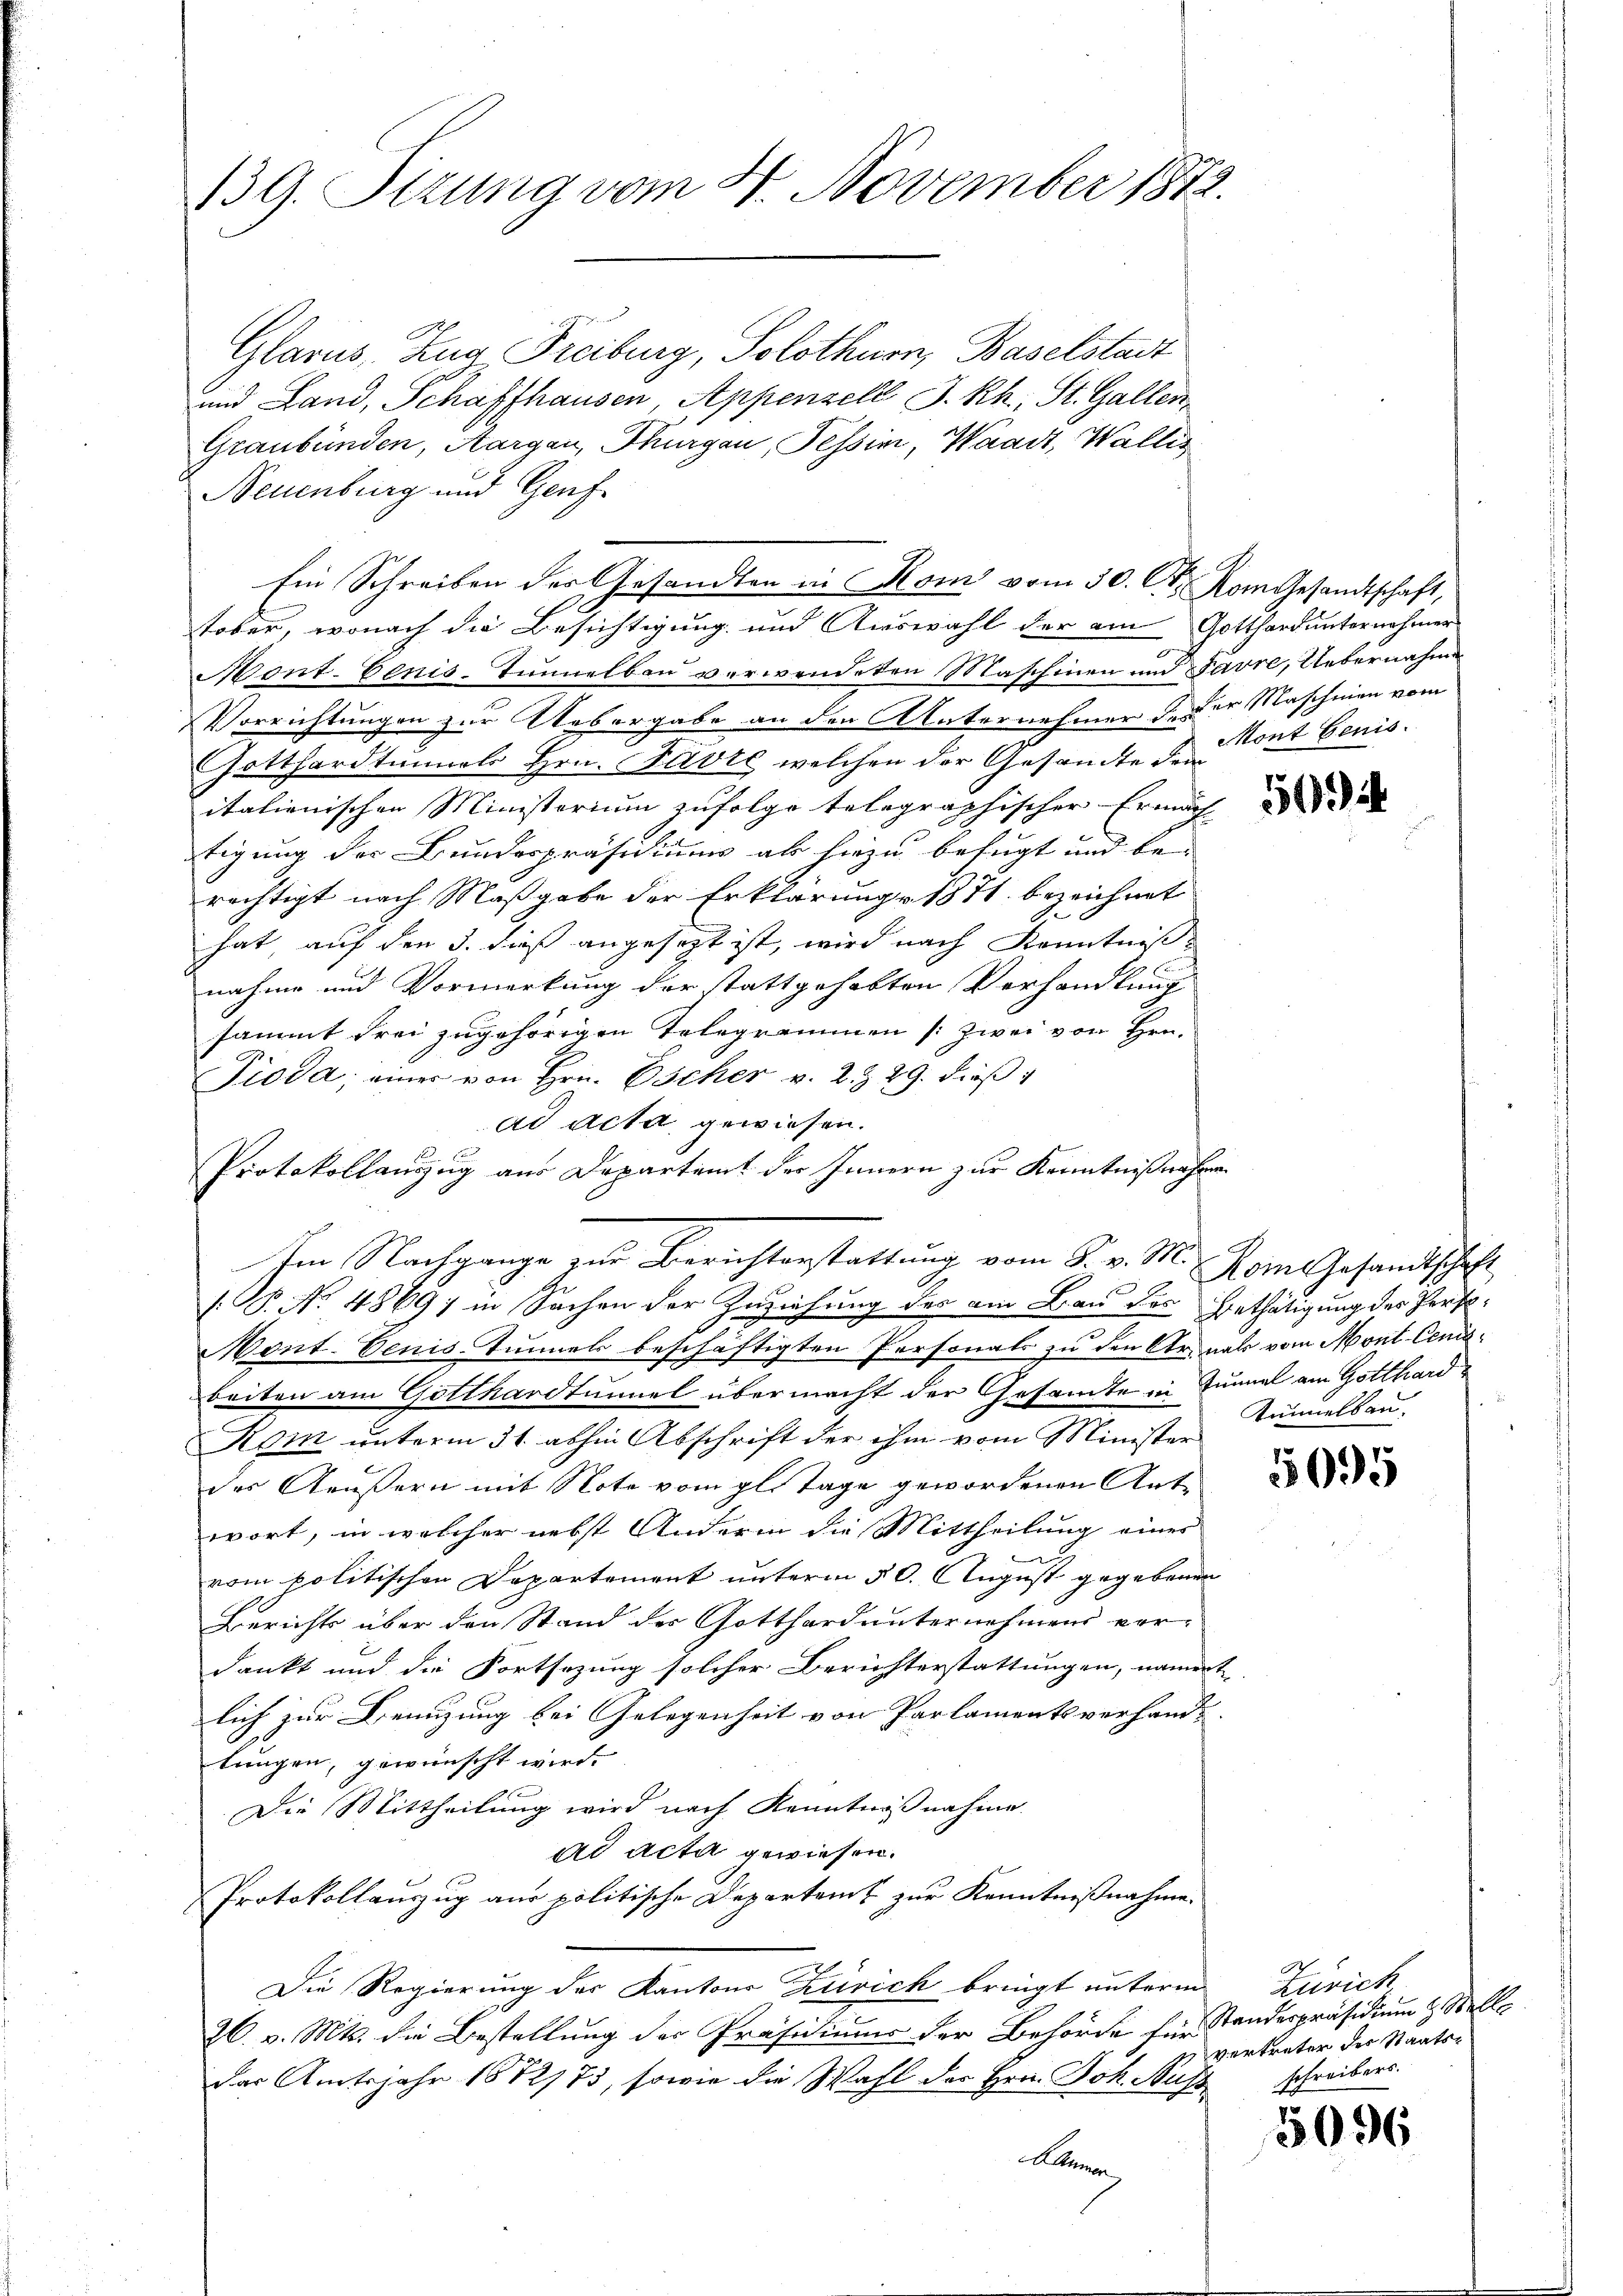
139. Stzung vom 24. November 1872.

Glarus, Zug Freiburg, Solothurn, Baselstadt
und Land, Schaffhausen, Appenzell I.Rh., St. Gallen
Graubünden, Aargau, Thurgau, Tessin, Waadt, Wallis
Neuenburg und Genf
tober, wonach die Besichtigung und Auswahl der am Gotthard unternahmer
Nont. Cenis-Tunnelbau verwendeten Maschinen und Favre, Uebernahme
Vorrichtungen zur Uebergabe an den laternehmer der Maschinen vom
Gotthardtunnels Hrn. Favte welchen der Gesandte dem
italienischen Ministerium zufolge telegraphischer Ermäch
tigung der Bundespräsidium ab hiezu befugt und bei
rächtigt nach Maßgabe der Erklärung 1871 bezeichnet
hat, auf den 3. dieß angesezt ist, wird nach Kenntnis
nahme und Vormerkung der stattgehabten Verhandlung
sammt frei zugehörigen Telegrammen (zwei von Hrn.
Pioda, einer von Hrn. Escher v. 2. Z. 29. dieß
ad acta gewiesen.
Protokollauszug aus Departamt der Innern zur Kenntnißnahmen
 P. Nr. 4869) in Sachen der Zuziehung der am Bau das Enthätigung des Präs
Nont. Denis-Tunnels beschäftigten Personals zu den Arnals vom Mont-Cens
beiten am Gotthardtunnel übermacht der Gesamte in Tunnel am Gotthard¬
Kom unterm 31. abhin Abschrift der ihm vom Minister
des Aeußern mit Note vom gl. Tage gewordenen Ant
wort, in welcher nebst Anderin die Mittheilung einer
vom politischen Departement unterm 50. August gegebenen
Berichts über den Stand der Gotthard unternehmens vor-
dankt und die Fortsazung solcher Berichterstattungen, nament
lich zur Benuzung bei Gelegenheit von Parlamentsverhande
tringen, gewünscht wird.
Die Mittheilung wird nach Kenntnißnahme.
ad acta gewiesen.
Protokollauszug aus politische Departamt zur Kenntnißnahme.
Die Regierung des Kantons Zürich bringt unterm Zürich
26. v. Mts. die Bestellung der Präsidiums der Behörde für
das Amtsjahr 1872/73, sowie die Wahl der Hrn. Joh. Nuß
Almen

Im Nachgange zur Berichterstattung vom 8. v. M. Rom Gesandtschaft

Ein Schreiben der Gesandten in Kom vom 30. Ct. vom Gesandtschaft,

A
Mont Genis

5094

2
Tunnelbau

5095

S
Standespräsidium Stelle
vertreter des Staatsschreibers.

3096